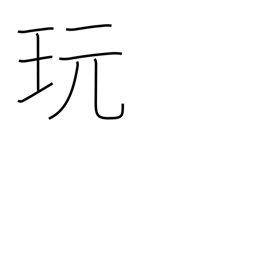
Meaning: play